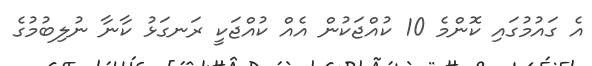
އެ ގައުމުގައި ކޮންމެ 10 ކުއްޖަކުން އެއް ކުއްޖަކީ ރަނގަޅު ކާނާ ނުލިބުމުގެ